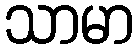
သာမာ